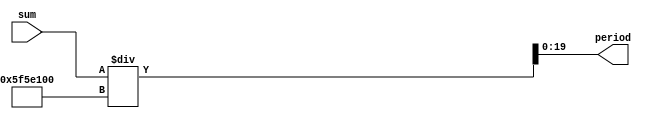
module CalculatePeriod(

    input [19:0] sum,
    output [19:0] period
);
assign period = sum / 100000000 ;

endmodule